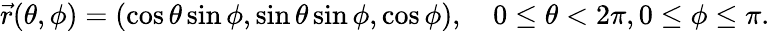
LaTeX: {\vec{r}}(\theta,\phi)=(\cos\theta\sin\phi,\sin\theta\sin\phi,\cos\phi),\quad 0\leq\theta<2\pi,0\leq\phi\leq\pi.